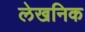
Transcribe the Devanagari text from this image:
लेखनिक